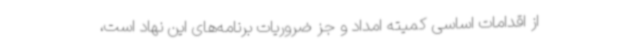
از اقدامات اساسی کمیته امداد و جز ضروریات برنامه‌های این نهاد است،